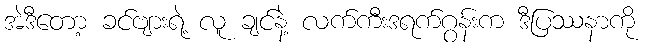
အဲဒီတော့ ခင်ဗျားရဲ့ လူ ချင်နဲ့ လက်ကီးဒရက်ဂွန်းက ဒီပြဿနာကို